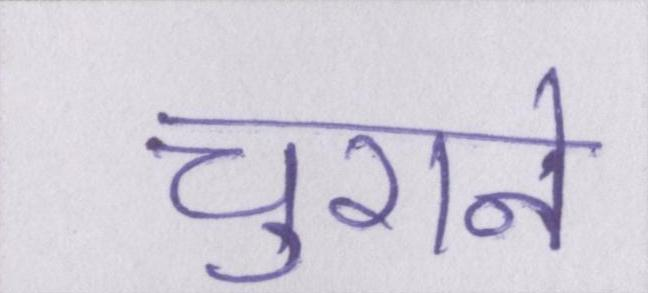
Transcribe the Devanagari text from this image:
चुराने